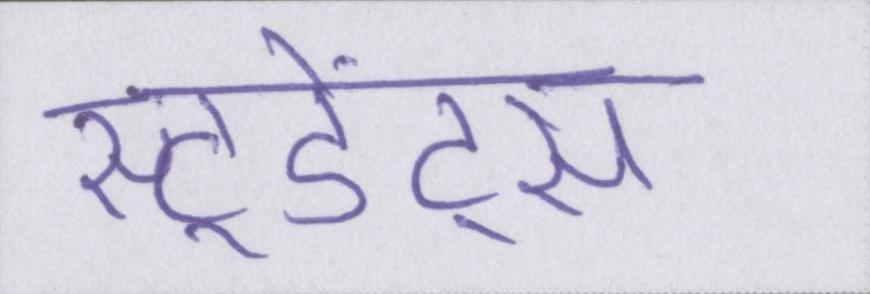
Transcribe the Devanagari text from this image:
स्टूडेंट्स